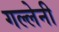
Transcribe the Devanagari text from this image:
गल्लेनी